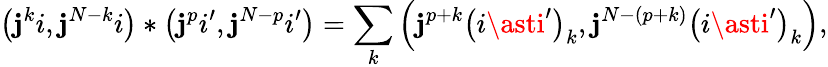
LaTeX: \left(\mathbf{j}^{k}i,\mathbf{j}^{N-k}i\right)\ast\left(\mathbf{j}^{p}i^{\prime},\mathbf{j}^{N-p}i^{\prime}\right)=\sum_{k}\left(\mathbf{j}^{p+k}\left(i\asti^{\prime}\right)_{k},\mathbf{j}^{N-\left(p+k\right)}\left(i\asti^{\prime}\right)_{k}\right),